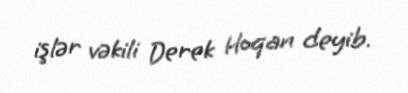
işlər vəkili Derek Hoqan deyib.